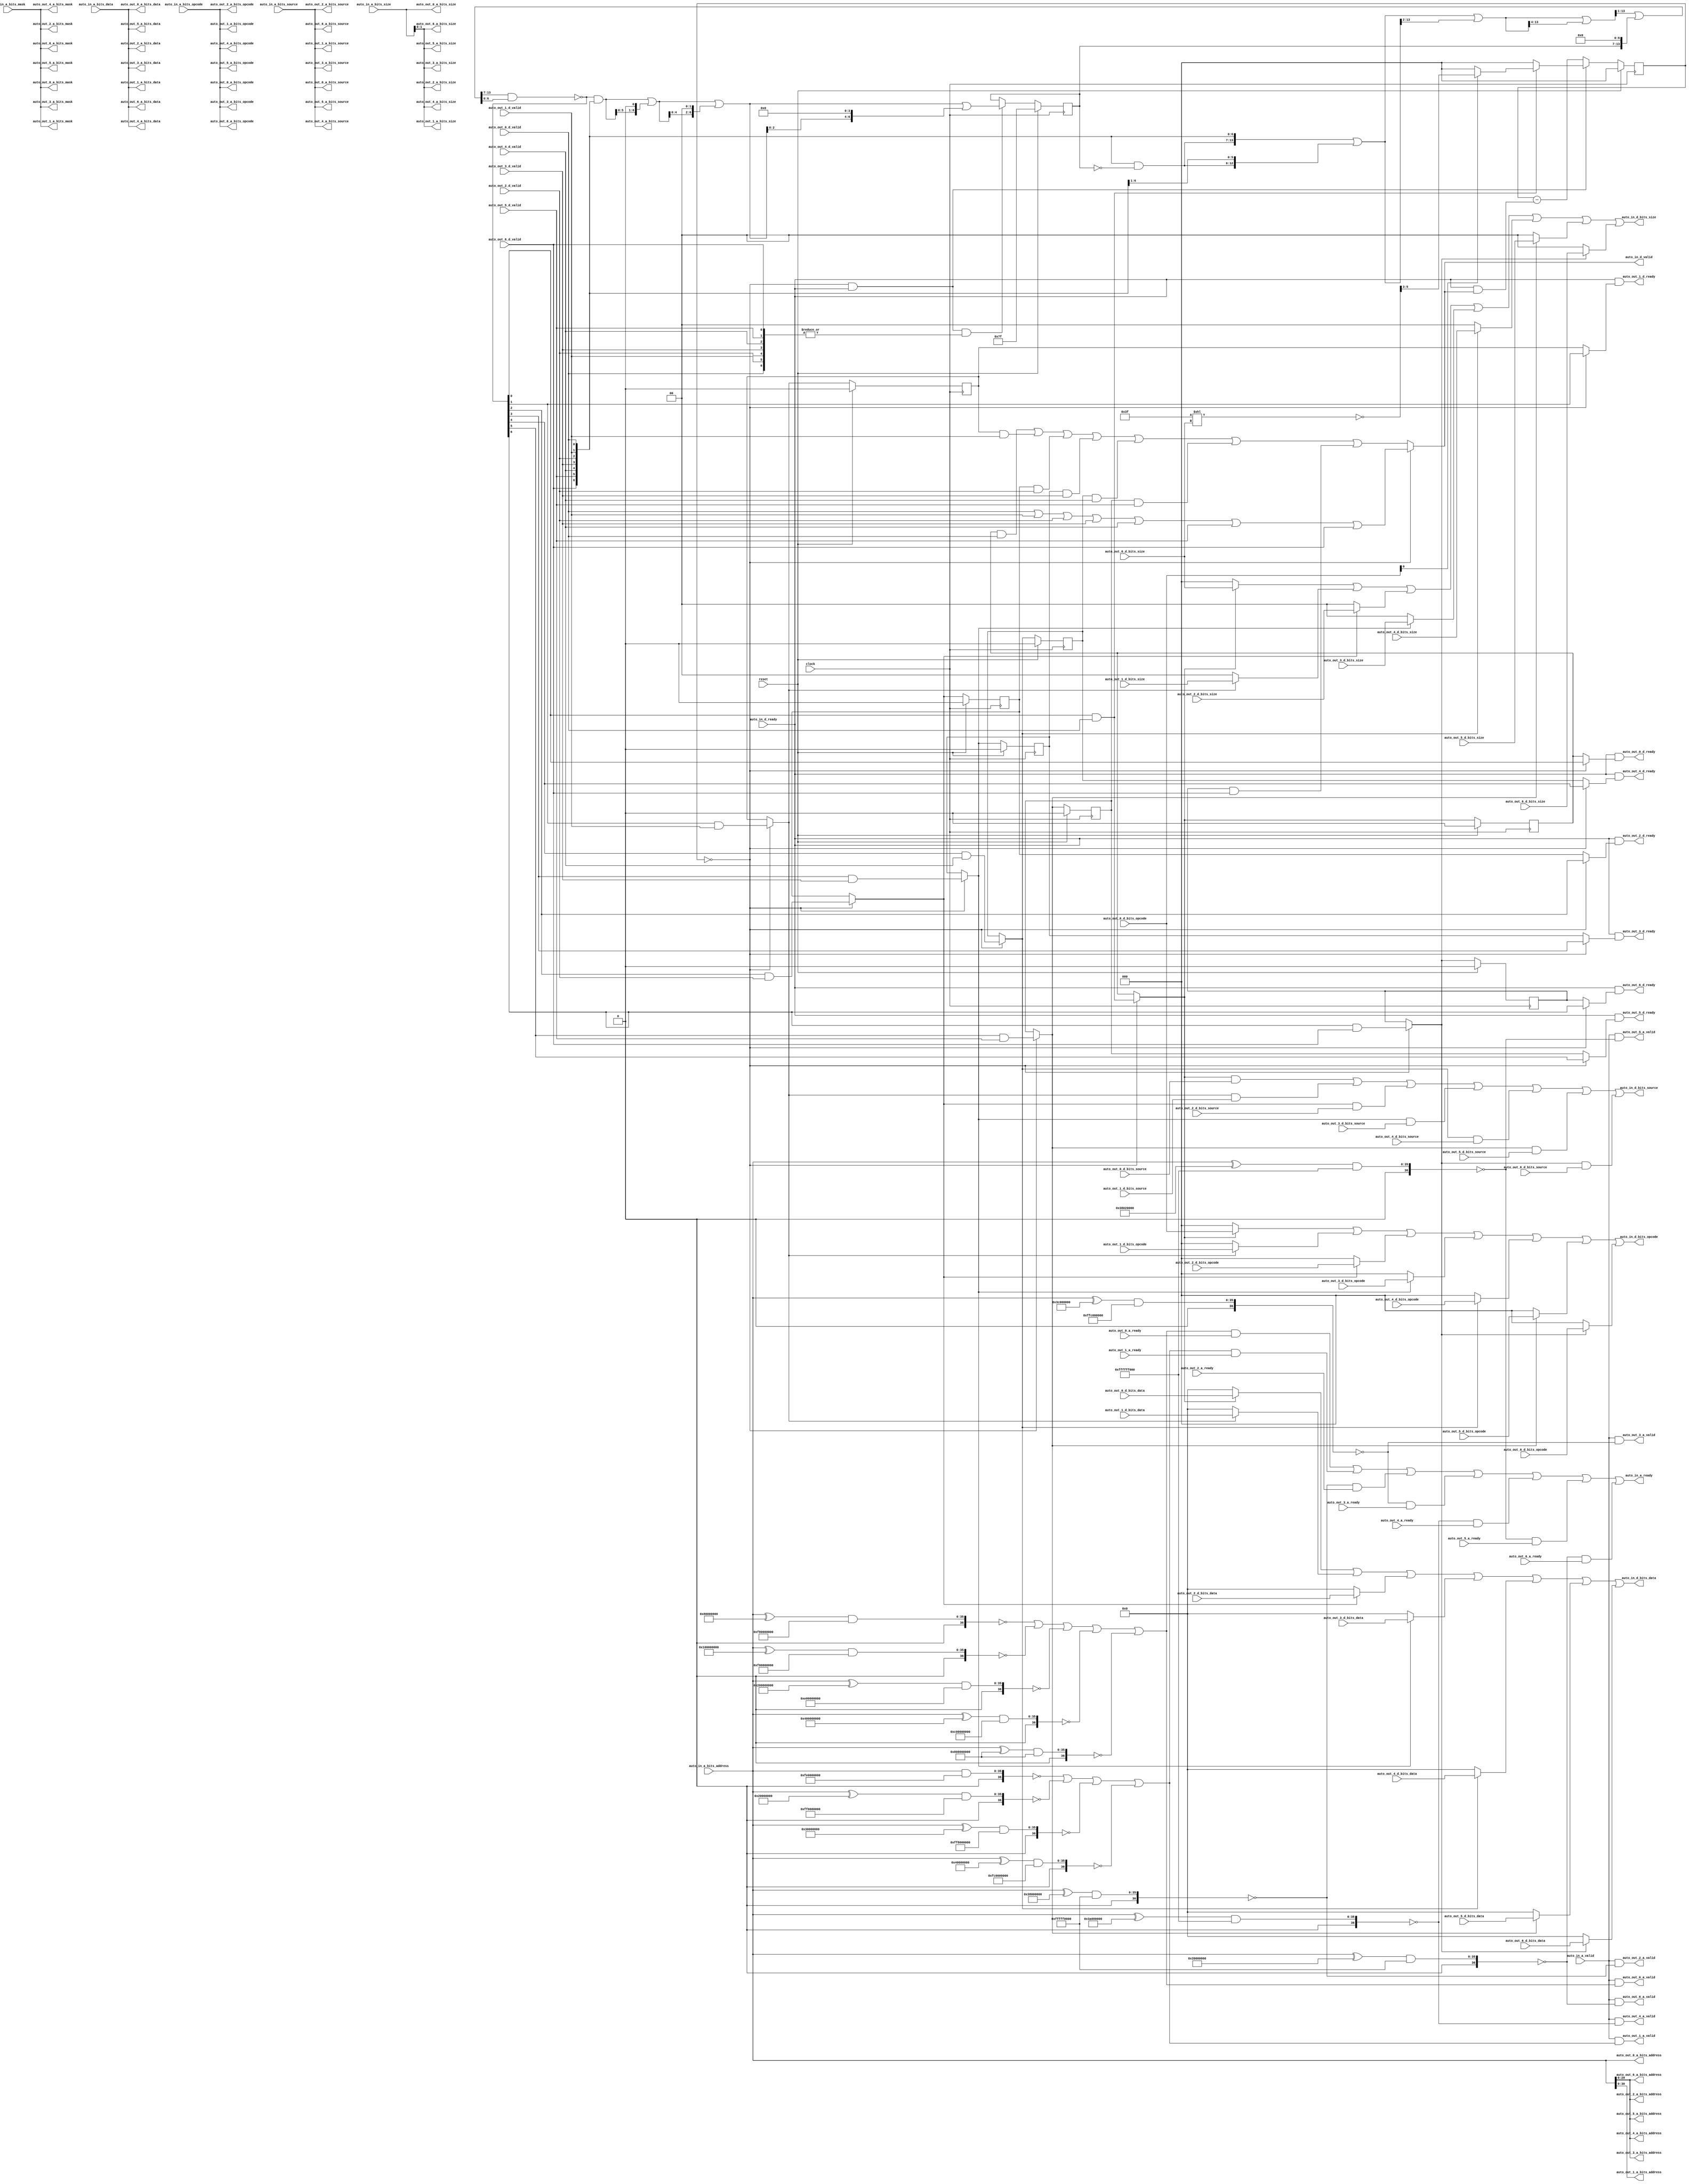
module TLXbar(
  input         clock,
  input         reset,
  output        auto_in_a_ready,
  input         auto_in_a_valid,
  input  [2:0]  auto_in_a_bits_opcode,
  input  [2:0]  auto_in_a_bits_size,
  input         auto_in_a_bits_source,
  input  [35:0] auto_in_a_bits_address,
  input  [7:0]  auto_in_a_bits_mask,
  input  [63:0] auto_in_a_bits_data,
  input         auto_in_d_ready,
  output        auto_in_d_valid,
  output [2:0]  auto_in_d_bits_opcode,
  output [2:0]  auto_in_d_bits_size,
  output        auto_in_d_bits_source,
  output [63:0] auto_in_d_bits_data,
  input         auto_out_6_a_ready,
  output        auto_out_6_a_valid,
  output [2:0]  auto_out_6_a_bits_opcode,
  output [1:0]  auto_out_6_a_bits_size,
  output        auto_out_6_a_bits_source,
  output [29:0] auto_out_6_a_bits_address,
  output [7:0]  auto_out_6_a_bits_mask,
  output [63:0] auto_out_6_a_bits_data,
  output        auto_out_6_d_ready,
  input         auto_out_6_d_valid,
  input  [2:0]  auto_out_6_d_bits_opcode,
  input  [1:0]  auto_out_6_d_bits_size,
  input         auto_out_6_d_bits_source,
  input  [63:0] auto_out_6_d_bits_data,
  input         auto_out_5_a_ready,
  output        auto_out_5_a_valid,
  output [2:0]  auto_out_5_a_bits_opcode,
  output [1:0]  auto_out_5_a_bits_size,
  output        auto_out_5_a_bits_source,
  output [29:0] auto_out_5_a_bits_address,
  output [7:0]  auto_out_5_a_bits_mask,
  output [63:0] auto_out_5_a_bits_data,
  output        auto_out_5_d_ready,
  input         auto_out_5_d_valid,
  input  [2:0]  auto_out_5_d_bits_opcode,
  input  [1:0]  auto_out_5_d_bits_size,
  input         auto_out_5_d_bits_source,
  input  [63:0] auto_out_5_d_bits_data,
  input         auto_out_4_a_ready,
  output        auto_out_4_a_valid,
  output [2:0]  auto_out_4_a_bits_opcode,
  output [1:0]  auto_out_4_a_bits_size,
  output        auto_out_4_a_bits_source,
  output [29:0] auto_out_4_a_bits_address,
  output [7:0]  auto_out_4_a_bits_mask,
  output [63:0] auto_out_4_a_bits_data,
  output        auto_out_4_d_ready,
  input         auto_out_4_d_valid,
  input  [2:0]  auto_out_4_d_bits_opcode,
  input  [1:0]  auto_out_4_d_bits_size,
  input         auto_out_4_d_bits_source,
  input  [63:0] auto_out_4_d_bits_data,
  input         auto_out_3_a_ready,
  output        auto_out_3_a_valid,
  output [2:0]  auto_out_3_a_bits_opcode,
  output [1:0]  auto_out_3_a_bits_size,
  output        auto_out_3_a_bits_source,
  output [29:0] auto_out_3_a_bits_address,
  output [7:0]  auto_out_3_a_bits_mask,
  output [63:0] auto_out_3_a_bits_data,
  output        auto_out_3_d_ready,
  input         auto_out_3_d_valid,
  input  [2:0]  auto_out_3_d_bits_opcode,
  input  [1:0]  auto_out_3_d_bits_size,
  input         auto_out_3_d_bits_source,
  input  [63:0] auto_out_3_d_bits_data,
  input         auto_out_2_a_ready,
  output        auto_out_2_a_valid,
  output [2:0]  auto_out_2_a_bits_opcode,
  output [1:0]  auto_out_2_a_bits_size,
  output        auto_out_2_a_bits_source,
  output [29:0] auto_out_2_a_bits_address,
  output [7:0]  auto_out_2_a_bits_mask,
  output [63:0] auto_out_2_a_bits_data,
  output        auto_out_2_d_ready,
  input         auto_out_2_d_valid,
  input  [2:0]  auto_out_2_d_bits_opcode,
  input  [1:0]  auto_out_2_d_bits_size,
  input         auto_out_2_d_bits_source,
  input  [63:0] auto_out_2_d_bits_data,
  input         auto_out_1_a_ready,
  output        auto_out_1_a_valid,
  output [2:0]  auto_out_1_a_bits_opcode,
  output [1:0]  auto_out_1_a_bits_size,
  output        auto_out_1_a_bits_source,
  output [30:0] auto_out_1_a_bits_address,
  output [7:0]  auto_out_1_a_bits_mask,
  output [63:0] auto_out_1_a_bits_data,
  output        auto_out_1_d_ready,
  input         auto_out_1_d_valid,
  input  [2:0]  auto_out_1_d_bits_opcode,
  input  [1:0]  auto_out_1_d_bits_size,
  input         auto_out_1_d_bits_source,
  input  [63:0] auto_out_1_d_bits_data,
  input         auto_out_0_a_ready,
  output        auto_out_0_a_valid,
  output [2:0]  auto_out_0_a_bits_opcode,
  output [2:0]  auto_out_0_a_bits_size,
  output        auto_out_0_a_bits_source,
  output [35:0] auto_out_0_a_bits_address,
  output [7:0]  auto_out_0_a_bits_mask,
  output [63:0] auto_out_0_a_bits_data,
  output        auto_out_0_d_ready,
  input         auto_out_0_d_valid,
  input  [2:0]  auto_out_0_d_bits_opcode,
  input  [2:0]  auto_out_0_d_bits_size,
  input         auto_out_0_d_bits_source,
  input  [63:0] auto_out_0_d_bits_data
);
`ifdef RANDOMIZE_REG_INIT
  reg [31:0] _RAND_0;
  reg [31:0] _RAND_1;
  reg [31:0] _RAND_2;
  reg [31:0] _RAND_3;
  reg [31:0] _RAND_4;
  reg [31:0] _RAND_5;
  reg [31:0] _RAND_6;
  reg [31:0] _RAND_7;
  reg [31:0] _RAND_8;
`endif // RANDOMIZE_REG_INIT
  reg [2:0] REG; // @[Arbiter.scala 87:30]
  wire  _T_506 = REG == 3'h0; // @[Arbiter.scala 88:28]
  wire [6:0] _T_522 = {auto_out_6_d_valid,auto_out_5_d_valid,auto_out_4_d_valid,auto_out_3_d_valid,auto_out_2_d_valid,
    auto_out_1_d_valid,auto_out_0_d_valid}; // @[Cat.scala 30:58]
  reg [6:0] REG_1; // @[Arbiter.scala 23:23]
  wire [6:0] _T_528 = ~REG_1; // @[Arbiter.scala 24:30]
  wire [6:0] _T_529 = _T_522 & _T_528; // @[Arbiter.scala 24:28]
  wire [13:0] _T_530 = {_T_529,auto_out_6_d_valid,auto_out_5_d_valid,auto_out_4_d_valid,auto_out_3_d_valid,
    auto_out_2_d_valid,auto_out_1_d_valid,auto_out_0_d_valid}; // @[Cat.scala 30:58]
	 
  wire [13:0] _GEN_1 = {{1'd0}, _T_530[13:1]}; // @[package.scala 253:43]
  wire [13:0] _T_532 = _T_530 | _GEN_1; // @[package.scala 253:43]
  wire [13:0] _GEN_2 = {{2'd0}, _T_532[13:2]}; // @[package.scala 253:43]
  wire [13:0] _T_534 = _T_532 | _GEN_2; // @[package.scala 253:43]
  wire [13:0] _GEN_3 = {{4'd0}, _T_534[13:4]}; // @[package.scala 253:43]
  wire [13:0] _T_536 = _T_534 | _GEN_3; // @[package.scala 253:43]
  wire [13:0] _T_539 = {REG_1, 7'h0}; // @[Arbiter.scala 25:66]
  wire [13:0] _GEN_4 = {{1'd0}, _T_536[13:1]}; // @[Arbiter.scala 25:58]
  wire [13:0] _T_540 = _GEN_4 | _T_539; // @[Arbiter.scala 25:58]
  wire [6:0] _T_543 = _T_540[13:7] & _T_540[6:0]; // @[Arbiter.scala 26:39]
  wire [6:0] _T_544 = ~_T_543; // @[Arbiter.scala 26:18]
  
  wire  _T_566 = _T_544[0] & auto_out_0_d_valid; // @[Arbiter.scala 97:79]
  reg  REG_2_0; // @[Arbiter.scala 116:26]
  wire  _T_670_0 = _T_506 ? _T_566 : REG_2_0; // @[Arbiter.scala 117:30]
  wire  _T_567 = _T_544[1] & auto_out_1_d_valid; // @[Arbiter.scala 97:79]
  reg  REG_2_1; // @[Arbiter.scala 116:26]
  wire  _T_670_1 = _T_506 ? _T_567 : REG_2_1; // @[Arbiter.scala 117:30]
  wire  _T_568 = _T_544[2] & auto_out_2_d_valid; // @[Arbiter.scala 97:79]
  reg  REG_2_2; // @[Arbiter.scala 116:26]
  wire  _T_670_2 = _T_506 ? _T_568 : REG_2_2; // @[Arbiter.scala 117:30]
  wire  _T_569 = _T_544[3] & auto_out_3_d_valid; // @[Arbiter.scala 97:79]
  reg  REG_2_3; // @[Arbiter.scala 116:26]
  wire  _T_670_3 = _T_506 ? _T_569 : REG_2_3; // @[Arbiter.scala 117:30]
  wire  _T_570 = _T_544[4] & auto_out_4_d_valid; // @[Arbiter.scala 97:79]
  reg  REG_2_4; // @[Arbiter.scala 116:26]
  wire  _T_670_4 = _T_506 ? _T_570 : REG_2_4; // @[Arbiter.scala 117:30]
  wire  _T_571 = _T_544[5] & auto_out_5_d_valid; // @[Arbiter.scala 97:79]
  reg  REG_2_5; // @[Arbiter.scala 116:26]
  wire  _T_670_5 = _T_506 ? _T_571 : REG_2_5; // @[Arbiter.scala 117:30]
  wire  _T_572 = _T_544[6] & auto_out_6_d_valid; // @[Arbiter.scala 97:79]
  reg  REG_2_6; // @[Arbiter.scala 116:26]
  wire  _T_670_6 = _T_506 ? _T_572 : REG_2_6; // @[Arbiter.scala 117:30]
  
  
  wire [35:0] _T_9 = auto_in_a_bits_address ^ 36'h80000000; // @[Parameters.scala 137:31]
  wire [36:0] _T_10 = {1'b0,$signed(_T_9)}; // @[Parameters.scala 137:49]
  wire [36:0] _T_12 = $signed(_T_10) & 37'shf80000000; // @[Parameters.scala 137:52]
  wire  _T_13 = $signed(_T_12) == 37'sh0; // @[Parameters.scala 137:67]
  wire [35:0] _T_14 = auto_in_a_bits_address ^ 36'h100000000; // @[Parameters.scala 137:31]
  wire [36:0] _T_15 = {1'b0,$signed(_T_14)}; // @[Parameters.scala 137:49]
  wire [36:0] _T_17 = $signed(_T_15) & 37'shf00000000; // @[Parameters.scala 137:52]
  wire  _T_18 = $signed(_T_17) == 37'sh0; // @[Parameters.scala 137:67]
  wire [35:0] _T_19 = auto_in_a_bits_address ^ 36'h200000000; // @[Parameters.scala 137:31]
  wire [36:0] _T_20 = {1'b0,$signed(_T_19)}; // @[Parameters.scala 137:49]
  wire [36:0] _T_22 = $signed(_T_20) & 37'she00000000; // @[Parameters.scala 137:52]
  wire  _T_23 = $signed(_T_22) == 37'sh0; // @[Parameters.scala 137:67]
  wire [35:0] _T_24 = auto_in_a_bits_address ^ 36'h400000000; // @[Parameters.scala 137:31]
  wire [36:0] _T_25 = {1'b0,$signed(_T_24)}; // @[Parameters.scala 137:49]
  wire [36:0] _T_27 = $signed(_T_25) & 37'shc00000000; // @[Parameters.scala 137:52]
  wire  _T_28 = $signed(_T_27) == 37'sh0; // @[Parameters.scala 137:67]
  wire [35:0] _T_29 = auto_in_a_bits_address ^ 36'h800000000; // @[Parameters.scala 137:31]
  wire [36:0] _T_30 = {1'b0,$signed(_T_29)}; // @[Parameters.scala 137:49]
  wire [36:0] _T_32 = $signed(_T_30) & 37'sh800000000; // @[Parameters.scala 137:52]
  wire  _T_33 = $signed(_T_32) == 37'sh0; // @[Parameters.scala 137:67]
  wire  _T_37 = _T_13 | _T_18 | _T_23 | _T_28 | _T_33; // @[Xbar.scala 363:92]
  wire [36:0] _T_40 = {1'b0,$signed(auto_in_a_bits_address)}; // @[Parameters.scala 137:49]
  wire [36:0] _T_42 = $signed(_T_40) & 37'shfe0000000; // @[Parameters.scala 137:52]
  wire  _T_43 = $signed(_T_42) == 37'sh0; // @[Parameters.scala 137:67]
  wire [35:0] _T_44 = auto_in_a_bits_address ^ 36'h20000000; // @[Parameters.scala 137:31]
  wire [36:0] _T_45 = {1'b0,$signed(_T_44)}; // @[Parameters.scala 137:49]
  wire [36:0] _T_47 = $signed(_T_45) & 37'shff0000000; // @[Parameters.scala 137:52]
  wire  _T_48 = $signed(_T_47) == 37'sh0; // @[Parameters.scala 137:67]
  wire [35:0] _T_49 = auto_in_a_bits_address ^ 36'h30000000; // @[Parameters.scala 137:31]
  wire [36:0] _T_50 = {1'b0,$signed(_T_49)}; // @[Parameters.scala 137:49]
  wire [36:0] _T_52 = $signed(_T_50) & 37'shff8000000; // @[Parameters.scala 137:52]
  wire  _T_53 = $signed(_T_52) == 37'sh0; // @[Parameters.scala 137:67]
  wire [35:0] _T_54 = auto_in_a_bits_address ^ 36'h40000000; // @[Parameters.scala 137:31]
  wire [36:0] _T_55 = {1'b0,$signed(_T_54)}; // @[Parameters.scala 137:49]
  wire [36:0] _T_57 = $signed(_T_55) & 37'shfc0000000; // @[Parameters.scala 137:52]
  wire  _T_58 = $signed(_T_57) == 37'sh0; // @[Parameters.scala 137:67]
  wire  _T_61 = _T_43 | _T_48 | _T_53 | _T_58; // @[Xbar.scala 363:92]
  wire [35:0] _T_63 = auto_in_a_bits_address ^ 36'h38000000; // @[Parameters.scala 137:31]
  wire [36:0] _T_64 = {1'b0,$signed(_T_63)}; // @[Parameters.scala 137:49]
  wire [36:0] _T_66 = $signed(_T_64) & 37'shfffff0000; // @[Parameters.scala 137:52]
  wire  _T_67 = $signed(_T_66) == 37'sh0; // @[Parameters.scala 137:67]
  wire [35:0] _T_69 = auto_in_a_bits_address ^ 36'h3c000000; // @[Parameters.scala 137:31]
  wire [36:0] _T_70 = {1'b0,$signed(_T_69)}; // @[Parameters.scala 137:49]
  wire [36:0] _T_72 = $signed(_T_70) & 37'shffc000000; // @[Parameters.scala 137:52]
  wire  _T_73 = $signed(_T_72) == 37'sh0; // @[Parameters.scala 137:67]
  wire [35:0] _T_75 = auto_in_a_bits_address ^ 36'h3a000000; // @[Parameters.scala 137:31]
  wire [36:0] _T_76 = {1'b0,$signed(_T_75)}; // @[Parameters.scala 137:49]
  wire [36:0] _T_78 = $signed(_T_76) & 37'shffffff000; // @[Parameters.scala 137:52]
  wire  _T_79 = $signed(_T_78) == 37'sh0; // @[Parameters.scala 137:67]
  wire [35:0] _T_81 = auto_in_a_bits_address ^ 36'h38020000; // @[Parameters.scala 137:31]
  wire [36:0] _T_82 = {1'b0,$signed(_T_81)}; // @[Parameters.scala 137:49]
  wire [36:0] _T_84 = $signed(_T_82) & 37'shffffff000; // @[Parameters.scala 137:52]
  wire  _T_85 = $signed(_T_84) == 37'sh0; // @[Parameters.scala 137:67]
  wire [35:0] _T_87 = auto_in_a_bits_address ^ 36'h39000000; // @[Parameters.scala 137:31]
  wire [36:0] _T_88 = {1'b0,$signed(_T_87)}; // @[Parameters.scala 137:49]
  wire [36:0] _T_90 = $signed(_T_88) & 37'shfffff0000; // @[Parameters.scala 137:52]
  wire  _T_91 = $signed(_T_90) == 37'sh0; // @[Parameters.scala 137:67]
  wire [12:0] _T_319 = 13'h3f << auto_out_0_d_bits_size; // @[package.scala 234:77]
  wire [5:0] _T_321 = ~_T_319[5:0]; // @[package.scala 234:46]
  
  wire [2:0] _WIRE_20_1_d_bits_size = {{1'd0}, auto_out_1_d_bits_size}; // @[BundleMap.scala 247:19 Xbar.scala 288:19]
  wire [2:0] _WIRE_20_2_d_bits_size = {{1'd0}, auto_out_2_d_bits_size}; // @[BundleMap.scala 247:19 Xbar.scala 288:19]
  wire [2:0] _WIRE_20_3_d_bits_size = {{1'd0}, auto_out_3_d_bits_size}; // @[BundleMap.scala 247:19 Xbar.scala 288:19]
  wire [2:0] _WIRE_20_4_d_bits_size = {{1'd0}, auto_out_4_d_bits_size}; // @[BundleMap.scala 247:19 Xbar.scala 288:19]
  wire [2:0] _WIRE_20_5_d_bits_size = {{1'd0}, auto_out_5_d_bits_size}; // @[BundleMap.scala 247:19 Xbar.scala 288:19]
  wire [2:0] _WIRE_20_6_d_bits_size = {{1'd0}, auto_out_6_d_bits_size}; // @[BundleMap.scala 247:19 Xbar.scala 288:19]
  wire  _T_507 = _T_506 & auto_in_d_ready; // @[Arbiter.scala 89:24]
  wire [6:0] _T_547 = _T_544 & _T_522; // @[Arbiter.scala 28:29]
  wire [7:0] _T_548 = {_T_547, 1'h0}; // @[package.scala 244:48]
  wire [6:0] _T_550 = _T_547 | _T_548[6:0]; // @[package.scala 244:43]
  wire [8:0] _T_551 = {_T_550, 2'h0}; // @[package.scala 244:48]
  wire [6:0] _T_553 = _T_550 | _T_551[6:0]; // @[package.scala 244:43]
  wire [10:0] _T_554 = {_T_553, 4'h0}; // @[package.scala 244:48]
  wire [6:0] _T_556 = _T_553 | _T_554[6:0]; // @[package.scala 244:43]
  wire  _T_622 = auto_out_0_d_valid | auto_out_1_d_valid | auto_out_2_d_valid | auto_out_3_d_valid | auto_out_4_d_valid
     | auto_out_5_d_valid | auto_out_6_d_valid; // @[Arbiter.scala 107:36]
  wire  _T_698 = REG_2_0 & auto_out_0_d_valid | REG_2_1 & auto_out_1_d_valid | REG_2_2 & auto_out_2_d_valid | REG_2_3 &
    auto_out_3_d_valid | REG_2_4 & auto_out_4_d_valid | REG_2_5 & auto_out_5_d_valid | REG_2_6 & auto_out_6_d_valid; // @[Mux.scala 27:72]
  wire  _T_699 = _T_506 ? _T_622 : _T_698; // @[Arbiter.scala 125:29]
  wire  _T_666 = auto_in_d_ready & _T_699; // @[ReadyValidCancel.scala 50:33]
  wire [2:0] _GEN_5 = {{2'd0}, _T_666}; // @[Arbiter.scala 113:52]
  wire [2:0] _T_668 = REG - _GEN_5; // @[Arbiter.scala 113:52]
  wire  _T_672_0 = _T_506 ? _T_544[0] : REG_2_0; // @[Arbiter.scala 121:24]
  wire  _T_672_1 = _T_506 ? _T_544[1] : REG_2_1; // @[Arbiter.scala 121:24]
  wire  _T_672_2 = _T_506 ? _T_544[2] : REG_2_2; // @[Arbiter.scala 121:24]
  wire  _T_672_3 = _T_506 ? _T_544[3] : REG_2_3; // @[Arbiter.scala 121:24]
  wire  _T_672_4 = _T_506 ? _T_544[4] : REG_2_4; // @[Arbiter.scala 121:24]
  wire  _T_672_5 = _T_506 ? _T_544[5] : REG_2_5; // @[Arbiter.scala 121:24]
  wire  _T_672_6 = _T_506 ? _T_544[6] : REG_2_6; // @[Arbiter.scala 121:24]
  wire [63:0] _T_726 = _T_670_0 ? auto_out_0_d_bits_data : 64'h0; // @[Mux.scala 27:72]
  wire [63:0] _T_727 = _T_670_1 ? auto_out_1_d_bits_data : 64'h0; // @[Mux.scala 27:72]
  wire [63:0] _T_728 = _T_670_2 ? auto_out_2_d_bits_data : 64'h0; // @[Mux.scala 27:72]
  wire [63:0] _T_729 = _T_670_3 ? auto_out_3_d_bits_data : 64'h0; // @[Mux.scala 27:72]
  wire [63:0] _T_730 = _T_670_4 ? auto_out_4_d_bits_data : 64'h0; // @[Mux.scala 27:72]
  wire [63:0] _T_731 = _T_670_5 ? auto_out_5_d_bits_data : 64'h0; // @[Mux.scala 27:72]
  wire [63:0] _T_732 = _T_670_6 ? auto_out_6_d_bits_data : 64'h0; // @[Mux.scala 27:72]
  wire [63:0] _T_733 = _T_726 | _T_727; // @[Mux.scala 27:72]
  wire [63:0] _T_734 = _T_733 | _T_728; // @[Mux.scala 27:72]
  wire [63:0] _T_735 = _T_734 | _T_729; // @[Mux.scala 27:72]
  wire [63:0] _T_736 = _T_735 | _T_730; // @[Mux.scala 27:72]
  wire [63:0] _T_737 = _T_736 | _T_731; // @[Mux.scala 27:72]
  wire [2:0] _T_778 = _T_670_0 ? auto_out_0_d_bits_size : 3'h0; // @[Mux.scala 27:72]
  wire [2:0] _T_779 = _T_670_1 ? _WIRE_20_1_d_bits_size : 3'h0; // @[Mux.scala 27:72]
  wire [2:0] _T_780 = _T_670_2 ? _WIRE_20_2_d_bits_size : 3'h0; // @[Mux.scala 27:72]
  wire [2:0] _T_781 = _T_670_3 ? _WIRE_20_3_d_bits_size : 3'h0; // @[Mux.scala 27:72]
  wire [2:0] _T_782 = _T_670_4 ? _WIRE_20_4_d_bits_size : 3'h0; // @[Mux.scala 27:72]
  wire [2:0] _T_783 = _T_670_5 ? _WIRE_20_5_d_bits_size : 3'h0; // @[Mux.scala 27:72]
  wire [2:0] _T_784 = _T_670_6 ? _WIRE_20_6_d_bits_size : 3'h0; // @[Mux.scala 27:72]
  wire [2:0] _T_785 = _T_778 | _T_779; // @[Mux.scala 27:72]
  wire [2:0] _T_786 = _T_785 | _T_780; // @[Mux.scala 27:72]
  wire [2:0] _T_787 = _T_786 | _T_781; // @[Mux.scala 27:72]
  wire [2:0] _T_788 = _T_787 | _T_782; // @[Mux.scala 27:72]
  wire [2:0] _T_789 = _T_788 | _T_783; // @[Mux.scala 27:72]
  wire [2:0] _T_804 = _T_670_0 ? auto_out_0_d_bits_opcode : 3'h0; // @[Mux.scala 27:72]
  wire [2:0] _T_805 = _T_670_1 ? auto_out_1_d_bits_opcode : 3'h0; // @[Mux.scala 27:72]
  wire [2:0] _T_806 = _T_670_2 ? auto_out_2_d_bits_opcode : 3'h0; // @[Mux.scala 27:72]
  wire [2:0] _T_807 = _T_670_3 ? auto_out_3_d_bits_opcode : 3'h0; // @[Mux.scala 27:72]
  wire [2:0] _T_808 = _T_670_4 ? auto_out_4_d_bits_opcode : 3'h0; // @[Mux.scala 27:72]
  wire [2:0] _T_809 = _T_670_5 ? auto_out_5_d_bits_opcode : 3'h0; // @[Mux.scala 27:72]
  wire [2:0] _T_810 = _T_670_6 ? auto_out_6_d_bits_opcode : 3'h0; // @[Mux.scala 27:72]
  wire [2:0] _T_811 = _T_804 | _T_805; // @[Mux.scala 27:72]
  wire [2:0] _T_812 = _T_811 | _T_806; // @[Mux.scala 27:72]
  wire [2:0] _T_813 = _T_812 | _T_807; // @[Mux.scala 27:72]
  wire [2:0] _T_814 = _T_813 | _T_808; // @[Mux.scala 27:72]
  wire [2:0] _T_815 = _T_814 | _T_809; // @[Mux.scala 27:72]
  
  
  assign auto_in_a_ready = _T_37 & auto_out_0_a_ready | _T_61 & auto_out_1_a_ready | _T_67 & auto_out_2_a_ready | _T_73
     & auto_out_3_a_ready | _T_79 & auto_out_4_a_ready | _T_85 & auto_out_5_a_ready | _T_91 & auto_out_6_a_ready; // @[Mux.scala 27:72]
  assign auto_in_d_valid = _T_506 ? _T_622 : _T_698; // @[Arbiter.scala 125:29]
  assign auto_in_d_bits_opcode = _T_815 | _T_810; // @[Mux.scala 27:72]
  assign auto_in_d_bits_size = _T_789 | _T_784; // @[Mux.scala 27:72]
  assign auto_in_d_bits_source = _T_670_0 & auto_out_0_d_bits_source | _T_670_1 & auto_out_1_d_bits_source | _T_670_2 &
    auto_out_2_d_bits_source | _T_670_3 & auto_out_3_d_bits_source | _T_670_4 & auto_out_4_d_bits_source | _T_670_5 &
    auto_out_5_d_bits_source | _T_670_6 & auto_out_6_d_bits_source; // @[Mux.scala 27:72]
  assign auto_in_d_bits_data = _T_737 | _T_732; // @[Mux.scala 27:72]
  assign auto_out_6_a_valid = auto_in_a_valid & _T_91; // @[Xbar.scala 428:50]
  assign auto_out_6_a_bits_opcode = auto_in_a_bits_opcode; // @[Nodes.scala 1210:84 LazyModule.scala 309:16]
  assign auto_out_6_a_bits_size = auto_in_a_bits_size[1:0]; // @[Xbar.scala 132:50 BundleMap.scala 247:19]
  assign auto_out_6_a_bits_source = auto_in_a_bits_source; // @[Xbar.scala 237:55]
  assign auto_out_6_a_bits_address = auto_in_a_bits_address[29:0]; // @[Xbar.scala 132:50 BundleMap.scala 247:19]
  assign auto_out_6_a_bits_mask = auto_in_a_bits_mask; // @[Nodes.scala 1210:84 LazyModule.scala 309:16]
  assign auto_out_6_a_bits_data = auto_in_a_bits_data; // @[Nodes.scala 1210:84 LazyModule.scala 309:16]
  assign auto_out_6_d_ready = auto_in_d_ready & _T_672_6; // @[Arbiter.scala 123:31]
  assign auto_out_5_a_valid = auto_in_a_valid & _T_85; // @[Xbar.scala 428:50]
  assign auto_out_5_a_bits_opcode = auto_in_a_bits_opcode; // @[Nodes.scala 1210:84 LazyModule.scala 309:16]
  assign auto_out_5_a_bits_size = auto_in_a_bits_size[1:0]; // @[Xbar.scala 132:50 BundleMap.scala 247:19]
  assign auto_out_5_a_bits_source = auto_in_a_bits_source; // @[Xbar.scala 237:55]
  assign auto_out_5_a_bits_address = auto_in_a_bits_address[29:0]; // @[Xbar.scala 132:50 BundleMap.scala 247:19]
  assign auto_out_5_a_bits_mask = auto_in_a_bits_mask; // @[Nodes.scala 1210:84 LazyModule.scala 309:16]
  assign auto_out_5_a_bits_data = auto_in_a_bits_data; // @[Nodes.scala 1210:84 LazyModule.scala 309:16]
  assign auto_out_5_d_ready = auto_in_d_ready & _T_672_5; // @[Arbiter.scala 123:31]
  assign auto_out_4_a_valid = auto_in_a_valid & _T_79; // @[Xbar.scala 428:50]
  assign auto_out_4_a_bits_opcode = auto_in_a_bits_opcode; // @[Nodes.scala 1210:84 LazyModule.scala 309:16]
  assign auto_out_4_a_bits_size = auto_in_a_bits_size[1:0]; // @[Xbar.scala 132:50 BundleMap.scala 247:19]
  assign auto_out_4_a_bits_source = auto_in_a_bits_source; // @[Xbar.scala 237:55]
  assign auto_out_4_a_bits_address = auto_in_a_bits_address[29:0]; // @[Xbar.scala 132:50 BundleMap.scala 247:19]
  assign auto_out_4_a_bits_mask = auto_in_a_bits_mask; // @[Nodes.scala 1210:84 LazyModule.scala 309:16]
  assign auto_out_4_a_bits_data = auto_in_a_bits_data; // @[Nodes.scala 1210:84 LazyModule.scala 309:16]
  assign auto_out_4_d_ready = auto_in_d_ready & _T_672_4; // @[Arbiter.scala 123:31]
  assign auto_out_3_a_valid = auto_in_a_valid & _T_73; // @[Xbar.scala 428:50]
  assign auto_out_3_a_bits_opcode = auto_in_a_bits_opcode; // @[Nodes.scala 1210:84 LazyModule.scala 309:16]
  assign auto_out_3_a_bits_size = auto_in_a_bits_size[1:0]; // @[Xbar.scala 132:50 BundleMap.scala 247:19]
  assign auto_out_3_a_bits_source = auto_in_a_bits_source; // @[Xbar.scala 237:55]
  assign auto_out_3_a_bits_address = auto_in_a_bits_address[29:0]; // @[Xbar.scala 132:50 BundleMap.scala 247:19]
  assign auto_out_3_a_bits_mask = auto_in_a_bits_mask; // @[Nodes.scala 1210:84 LazyModule.scala 309:16]
  assign auto_out_3_a_bits_data = auto_in_a_bits_data; // @[Nodes.scala 1210:84 LazyModule.scala 309:16]
  assign auto_out_3_d_ready = auto_in_d_ready & _T_672_3; // @[Arbiter.scala 123:31]
  assign auto_out_2_a_valid = auto_in_a_valid & _T_67; // @[Xbar.scala 428:50]
  assign auto_out_2_a_bits_opcode = auto_in_a_bits_opcode; // @[Nodes.scala 1210:84 LazyModule.scala 309:16]
  assign auto_out_2_a_bits_size = auto_in_a_bits_size[1:0]; // @[Xbar.scala 132:50 BundleMap.scala 247:19]
  assign auto_out_2_a_bits_source = auto_in_a_bits_source; // @[Xbar.scala 237:55]
  assign auto_out_2_a_bits_address = auto_in_a_bits_address[29:0]; // @[Xbar.scala 132:50 BundleMap.scala 247:19]
  assign auto_out_2_a_bits_mask = auto_in_a_bits_mask; // @[Nodes.scala 1210:84 LazyModule.scala 309:16]
  assign auto_out_2_a_bits_data = auto_in_a_bits_data; // @[Nodes.scala 1210:84 LazyModule.scala 309:16]
  assign auto_out_2_d_ready = auto_in_d_ready & _T_672_2; // @[Arbiter.scala 123:31]
  assign auto_out_1_a_valid = auto_in_a_valid & _T_61; // @[Xbar.scala 428:50]
  assign auto_out_1_a_bits_opcode = auto_in_a_bits_opcode; // @[Nodes.scala 1210:84 LazyModule.scala 309:16]
  assign auto_out_1_a_bits_size = auto_in_a_bits_size[1:0]; // @[Xbar.scala 132:50 BundleMap.scala 247:19]
  assign auto_out_1_a_bits_source = auto_in_a_bits_source; // @[Xbar.scala 237:55]
  assign auto_out_1_a_bits_address = auto_in_a_bits_address[30:0]; // @[Xbar.scala 132:50 BundleMap.scala 247:19]
  assign auto_out_1_a_bits_mask = auto_in_a_bits_mask; // @[Nodes.scala 1210:84 LazyModule.scala 309:16]
  assign auto_out_1_a_bits_data = auto_in_a_bits_data; // @[Nodes.scala 1210:84 LazyModule.scala 309:16]
  assign auto_out_1_d_ready = auto_in_d_ready & _T_672_1; // @[Arbiter.scala 123:31]
  assign auto_out_0_a_valid = auto_in_a_valid & _T_37; // @[Xbar.scala 428:50]
  assign auto_out_0_a_bits_opcode = auto_in_a_bits_opcode; // @[Nodes.scala 1210:84 LazyModule.scala 309:16]
  assign auto_out_0_a_bits_size = auto_in_a_bits_size; // @[Nodes.scala 1210:84 LazyModule.scala 309:16]
  assign auto_out_0_a_bits_source = auto_in_a_bits_source; // @[Xbar.scala 237:55]
  assign auto_out_0_a_bits_address = auto_in_a_bits_address; // @[Nodes.scala 1210:84 LazyModule.scala 309:16]
  assign auto_out_0_a_bits_mask = auto_in_a_bits_mask; // @[Nodes.scala 1210:84 LazyModule.scala 309:16]
  assign auto_out_0_a_bits_data = auto_in_a_bits_data; // @[Nodes.scala 1210:84 LazyModule.scala 309:16]
  assign auto_out_0_d_ready = auto_in_d_ready & _T_672_0; // @[Arbiter.scala 123:31]
  always @(posedge clock) begin
    if (reset) begin // @[Arbiter.scala 87:30]
      REG <= 3'h0; // @[Arbiter.scala 87:30]
    end else if (_T_507) begin // @[Arbiter.scala 113:23]
      if (_T_566) begin // @[Arbiter.scala 111:73]
        if (auto_out_0_d_bits_opcode[0]) begin // @[Edges.scala 220:14]
          REG <= _T_321[5:3];
        end else begin
          REG <= 3'h0;
        end
      end else begin
        REG <= 3'h0;
      end
    end else begin
      REG <= _T_668;
    end
    if (reset) begin // @[Arbiter.scala 23:23]
      REG_1 <= 7'h7f; // @[Arbiter.scala 23:23]
    end else if (_T_507 & |_T_522) begin // @[Arbiter.scala 27:32]
      REG_1 <= _T_556; // @[Arbiter.scala 28:12]
    end
    if (reset) begin // @[Arbiter.scala 116:26]
      REG_2_0 <= 1'h0; // @[Arbiter.scala 116:26]
    end else if (_T_506) begin // @[Arbiter.scala 117:30]
      REG_2_0 <= _T_566;
    end
    if (reset) begin // @[Arbiter.scala 116:26]
      REG_2_1 <= 1'h0; // @[Arbiter.scala 116:26]
    end else if (_T_506) begin // @[Arbiter.scala 117:30]
      REG_2_1 <= _T_567;
    end
    if (reset) begin // @[Arbiter.scala 116:26]
      REG_2_2 <= 1'h0; // @[Arbiter.scala 116:26]
    end else if (_T_506) begin // @[Arbiter.scala 117:30]
      REG_2_2 <= _T_568;
    end
    if (reset) begin // @[Arbiter.scala 116:26]
      REG_2_3 <= 1'h0; // @[Arbiter.scala 116:26]
    end else if (_T_506) begin // @[Arbiter.scala 117:30]
      REG_2_3 <= _T_569;
    end
    if (reset) begin // @[Arbiter.scala 116:26]
      REG_2_4 <= 1'h0; // @[Arbiter.scala 116:26]
    end else if (_T_506) begin // @[Arbiter.scala 117:30]
      REG_2_4 <= _T_570;
    end
    if (reset) begin // @[Arbiter.scala 116:26]
      REG_2_5 <= 1'h0; // @[Arbiter.scala 116:26]
    end else if (_T_506) begin // @[Arbiter.scala 117:30]
      REG_2_5 <= _T_571;
    end
    if (reset) begin // @[Arbiter.scala 116:26]
      REG_2_6 <= 1'h0; // @[Arbiter.scala 116:26]
    end else if (_T_506) begin // @[Arbiter.scala 117:30]
      REG_2_6 <= _T_572;
    end
  end
// Register and memory initialization
`ifdef RANDOMIZE_GARBAGE_ASSIGN
`define RANDOMIZE
`endif
`ifdef RANDOMIZE_INVALID_ASSIGN
`define RANDOMIZE
`endif
`ifdef RANDOMIZE_REG_INIT
`define RANDOMIZE
`endif
`ifdef RANDOMIZE_MEM_INIT
`define RANDOMIZE
`endif
`ifndef RANDOM
`define RANDOM $random
`endif
`ifdef RANDOMIZE_MEM_INIT
  integer initvar;
`endif
`ifndef SYNTHESIS
`ifdef FIRRTL_BEFORE_INITIAL
`FIRRTL_BEFORE_INITIAL
`endif
initial begin
  `ifdef RANDOMIZE
    `ifdef INIT_RANDOM
      `INIT_RANDOM
    `endif
    `ifndef VERILATOR
      `ifdef RANDOMIZE_DELAY
        #`RANDOMIZE_DELAY begin end
      `else
        #0.002 begin end
      `endif
    `endif
`ifdef RANDOMIZE_REG_INIT
  _RAND_0 = {1{`RANDOM}};
  REG = _RAND_0[2:0];
  _RAND_1 = {1{`RANDOM}};
  REG_1 = _RAND_1[6:0];
  _RAND_2 = {1{`RANDOM}};
  REG_2_0 = _RAND_2[0:0];
  _RAND_3 = {1{`RANDOM}};
  REG_2_1 = _RAND_3[0:0];
  _RAND_4 = {1{`RANDOM}};
  REG_2_2 = _RAND_4[0:0];
  _RAND_5 = {1{`RANDOM}};
  REG_2_3 = _RAND_5[0:0];
  _RAND_6 = {1{`RANDOM}};
  REG_2_4 = _RAND_6[0:0];
  _RAND_7 = {1{`RANDOM}};
  REG_2_5 = _RAND_7[0:0];
  _RAND_8 = {1{`RANDOM}};
  REG_2_6 = _RAND_8[0:0];
`endif // RANDOMIZE_REG_INIT
  `endif // RANDOMIZE
end // initial
`ifdef FIRRTL_AFTER_INITIAL
`FIRRTL_AFTER_INITIAL
`endif
`endif // SYNTHESIS
endmodule